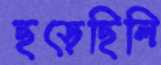
ছড়েছিলি